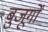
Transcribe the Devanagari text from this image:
बुजूर्गों